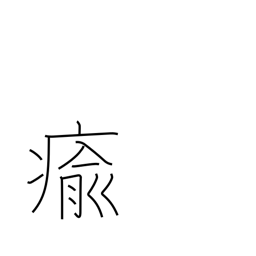
Meaning: get well